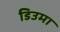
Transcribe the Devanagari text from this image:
डिउमा